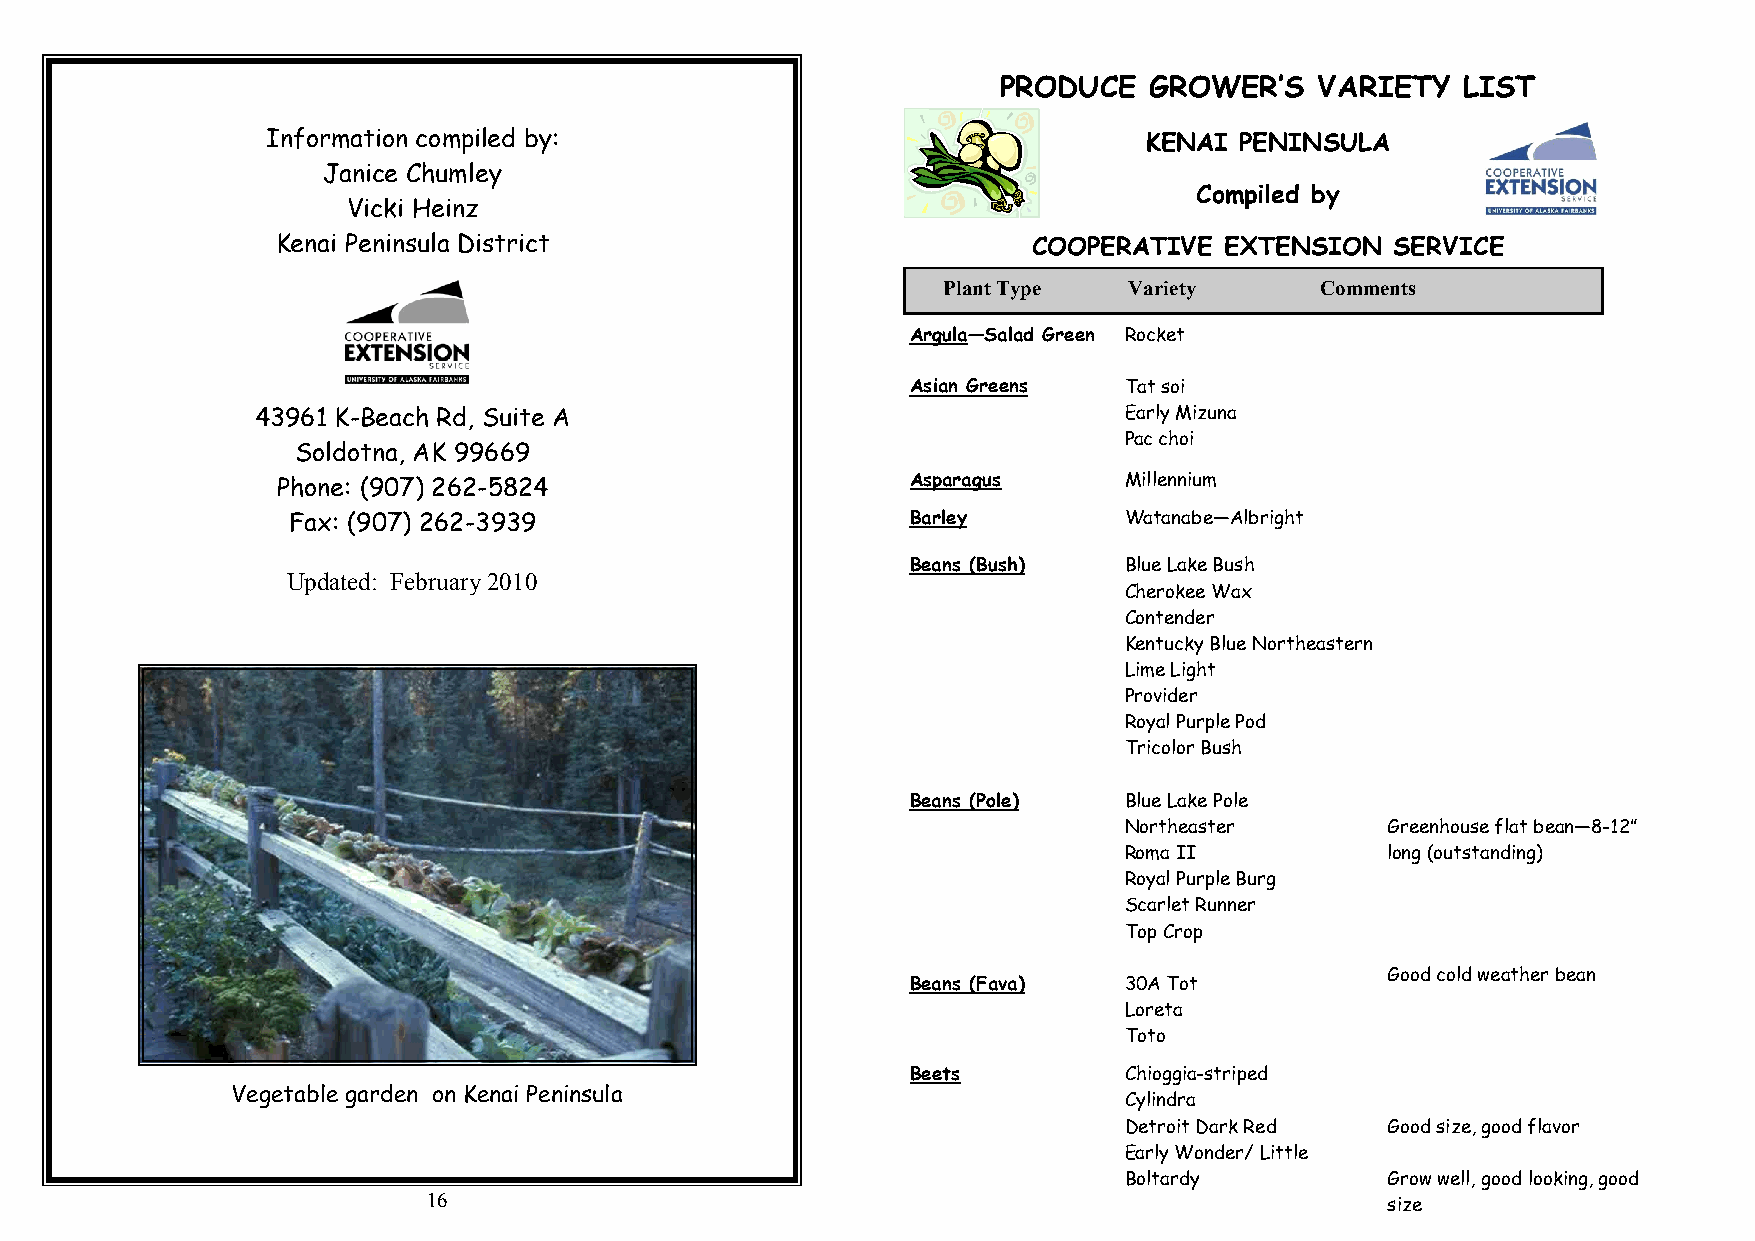
PRODUCE   GROWER’S   VARIETY   LIST
 Information compiled by:                                  KENAI PENINSULA
 Janice Chumley
 Compiled by
 Vicki Heinz
 Kenai Peninsula District                          COOPERATIVE  EXTENSION  SERVICE
 Plant Type   Variety     Comments
 Argula—Salad Green Rocket
 Asian Greens  Tat soi
 43961 K-Beach Rd, Suite A                                Early Mizuna
 Pac choi
 Soldotna, AK 99669
 Phone: (907) 262-5824                     Asparagus     Millennium
 Fax: (907) 262-3939                      Barley        Watanabe—Albright
 Beans (Bush)  Blue Lake Bush
 Updated: February 2010
 Cherokee Wax
 Contender
 Kentucky Blue Northeastern
 Lime Light
 Provider
 Royal Purple Pod
 Tricolor Bush
 Beans (Pole)  Blue Lake Pole
 Northeaster       Greenhouse flat bean—8-12”
 Roma II           long (outstanding)
 Royal Purple Burg
 Scarlet Runner
 Top Crop
 Good cold weather bean
 Beans (Fava)  30A Tot
 Loreta
 Toto
 Beets         Chioggia-striped
 Vegetable garden on Kenai Peninsula
 Cylindra
 Detroit Dark Red  Good size, good flavor
 Early Wonder/ Little
 Boltardy          Grow well, good looking, good
 16
 size